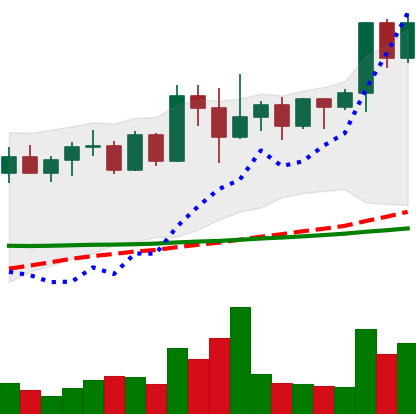
Ticker: XMR-USD
Chart end date: 2022-04-20
Forward return: -4.562%
Label: down_3_5